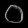
Digit: ၀